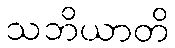
သဘိယာတိ